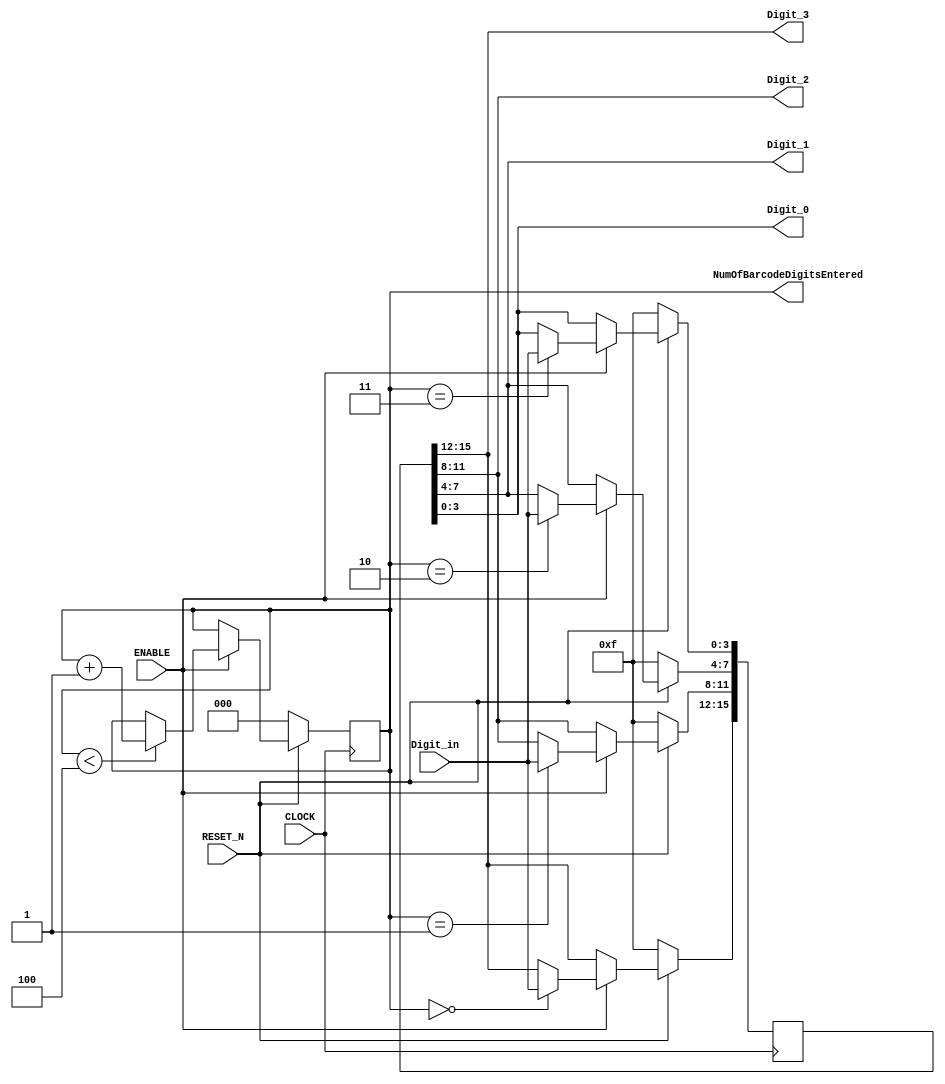
/*
 *		Module		:	Barcode Shift Register
 * 	Description	: 	Implements a 4 Digit 4-bit Shift Register to 
 *							hold Barcode Number.
 *		Inputs		: 	CLOCK		=> CLOCK_50
 *						:	ENABLE 	=> Triggered by another block (TBD)
 *						:	RESET_N 	=> Active-Low Reset, resets 
 *											the shift register
 *						: 	Digit_in => Set by another block (TBD)
 *		Outputs		: 	Digit_#	=> Provide Current Barcode
 * 										Digits for other blocks
 *		Owner			: 	Ataberk KL
 */
 
module BarcodeShiftRegister(
	input  wire[3:0] Digit_in,
	input	 wire CLOCK,
	input  wire RESET_N,
	input  wire ENABLE,
	
	output wire[3:0] Digit_0,
	output wire[3:0] Digit_1,
	output wire[3:0] Digit_2,
	output wire[3:0] Digit_3,
	
	output reg [2:0] NumOfBarcodeDigitsEntered
);

reg [15:0] Barcode;


initial
	begin
		NumOfBarcodeDigitsEntered = 0;
		Barcode = 16'hFFFF;
	end
		

always @ (posedge CLOCK)
begin
	if(!RESET_N)
		begin
			Barcode <= 16'hFFFF;
			NumOfBarcodeDigitsEntered <= 0;
		end
	else
		begin
			if(ENABLE)
				begin
					case(NumOfBarcodeDigitsEntered)
						3'd3: Barcode[3:0]   <= Digit_in;
						3'd2: Barcode[7:4]   <= Digit_in;
						3'd1: Barcode[11:8]  <= Digit_in;
						3'd0: Barcode[15:12] <= Digit_in;
					endcase
					if(NumOfBarcodeDigitsEntered < 4)
						NumOfBarcodeDigitsEntered = NumOfBarcodeDigitsEntered + 3'd1;
				end
		end
end
	
assign {Digit_3, Digit_2, Digit_1, Digit_0} = Barcode;
	
endmodule